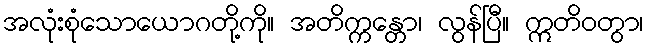
အလုံးစုံသောယောဂတို့ကို။ အတိက္ကန္တော၊ လွန်ပြီ။ ဣတိဝတွာ၊